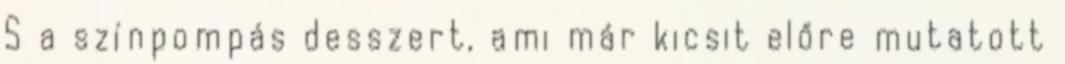
S a színpompás desszert, ami már kicsit előre mutatott